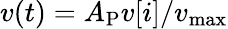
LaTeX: v(t)=A_{\mathrm{P}}v[i]/v_{\mathrm{max}}